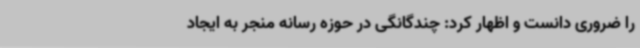
را ضروری دانست و اظهار کرد: چندگانگی در حوزه رسانه منجر به ایجاد